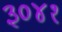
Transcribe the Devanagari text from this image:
३०४१